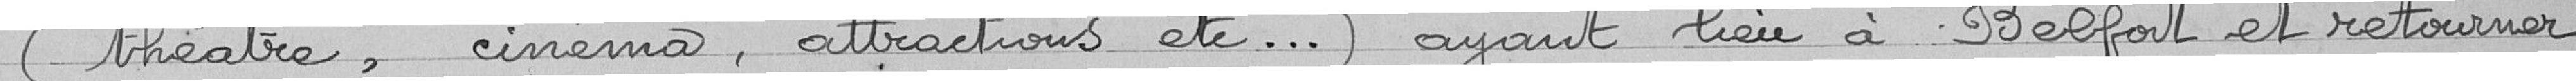
(théâtre, cinéma, attractions etc...) ayant lieu à Belfort et retourner